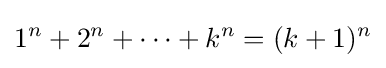
1^{n}+2^{n}+\cdots +k^{n}=(k+1)^{n}